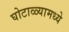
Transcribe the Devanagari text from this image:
घोटाळ्यामध्ये